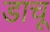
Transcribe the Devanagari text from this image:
डाचू